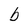
Character: b